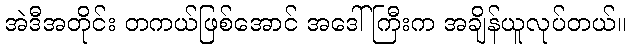
အဲဒီအတိုင်း တကယ်ဖြစ်အောင် အဒေါ်ကြီးက အချိန်ယူလုပ်တယ်။